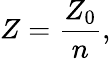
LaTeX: Z={\frac{Z_{0}}{n}},